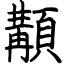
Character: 顜